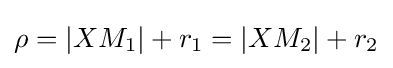
\rho =|XM_{1}|+r_{1}=|XM_{2}|+r_{2}